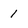
Character: 1